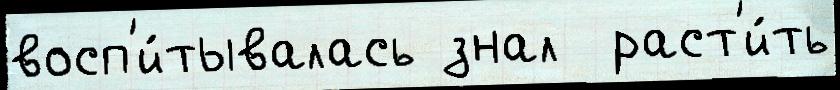
восп'и́тывалась знал  раст'и́ть